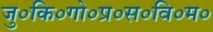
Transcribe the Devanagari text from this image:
जु०कि०गो०प्र०स०वि०म०